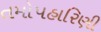
તમોપહારિણી